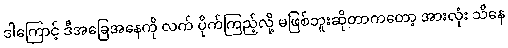
ဒါကြောင့် ဒီအခြေအနေကို လက် ပိုက်ကြည့်လို့ မဖြစ်ဘူးဆိုတာကတော့ အားလုံး သိနေ